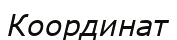
Координат